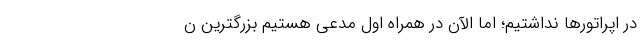
در اپراتورها نداشتیم؛ اما الآن در همراه اول مدعی هستیم بزرگترین ن